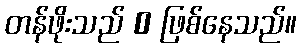
တန်ဖိုးသည် 0 ဖြစ်နေသည်။